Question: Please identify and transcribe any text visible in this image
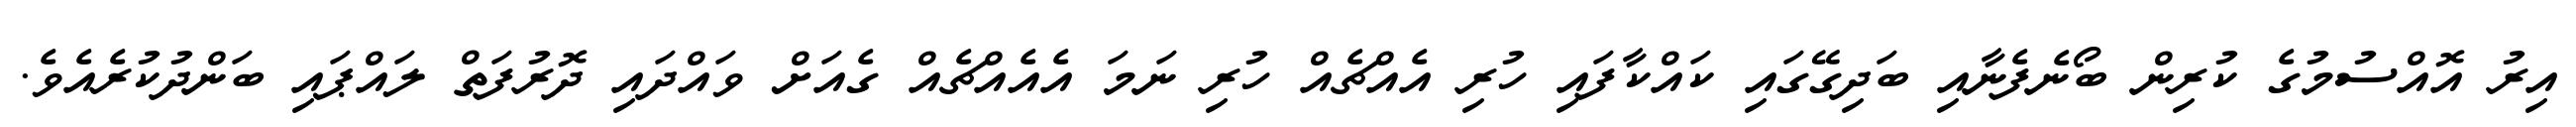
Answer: އިރު އޮއްސުމުގެ ކުރިން ބޯނެފެނާއި ބަދިގޭގައި ކައްކާފައި ހުރި އެއްޗެއް ހުރި ނަމަ އެއެއްޗެއް ގެއަށް ވައްދައި ދޮރުފަތް ލައްޕައި ބަންދުކުރެއެވެ.